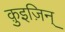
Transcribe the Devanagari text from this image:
क़ुइज़िन्